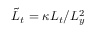
\tilde { L } _ { t } = \kappa L _ { t } / L _ { y } ^ { 2 }